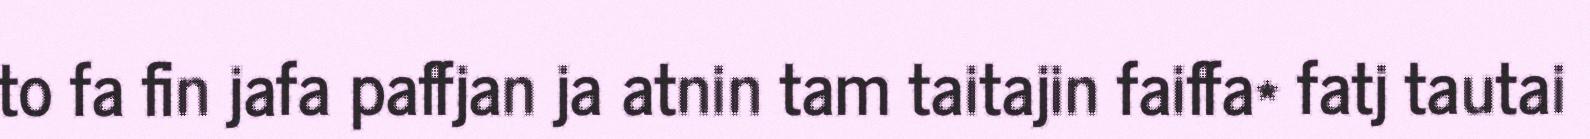
to fa fin jafa paffjan ja atnin tam taitajin faiffa* fatj tautai